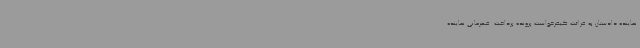
نماینده دادستان به قرائت کیفرخواست پرونده پرداخت. قهرمانی نماینده